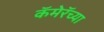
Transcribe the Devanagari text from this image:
कॅमेरॅच्या